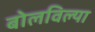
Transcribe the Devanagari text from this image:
बोलविल्या